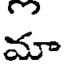
మా